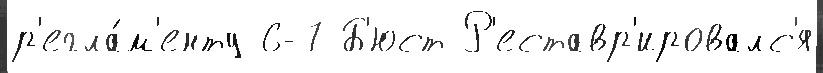
р'егла́м'енту 6-7 Б'юст Р'еставр'ировалс'я